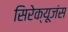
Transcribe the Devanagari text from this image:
सिरेक्यूजंस